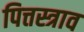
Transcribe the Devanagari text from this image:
पित्तस्त्राव